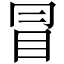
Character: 冒